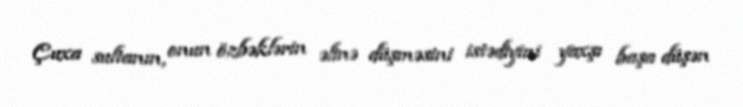
Çuxa sultanın, onun özbəklərin əlinə düşməsini istədiyini yaxşı başa düşən